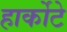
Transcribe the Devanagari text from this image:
हार्कोटे